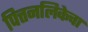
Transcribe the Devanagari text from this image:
पित्तनलिकेचा